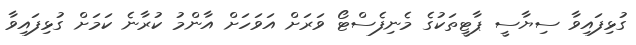
ގުޅިފައިވާ ސިޔާސީ ޕާޓީތަކުގެ މެނިފެސްޓޯ ވަރަށް އަވަހަށް އާންމު ކުރާނެ ކަމަށް ގުޅިފައިވާ